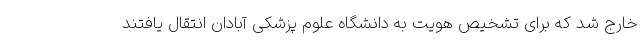
خارج شد که برای تشخیص هویت به دانشگاه علوم پزشکی آبادان انتقال یافتند